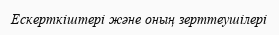
Ескерткіштері және оның зерттеушілері